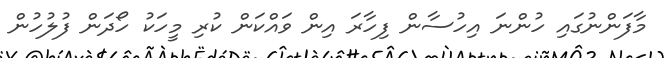
މާފަންނުގައި ހުންނަ އިހުސާން ފިހާރަ އިން ވައްކަން ކުރި މީހަކު ހޯދަން ފުލުހުން